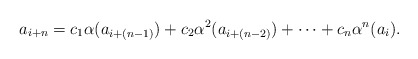
\begin{align*}a_{i+n} = c_1\alpha(a_{i+(n-1)}) + c_2\alpha^2(a_{i+(n-2)}) + \dots + c_n\alpha^n(a_i).\end{align*}